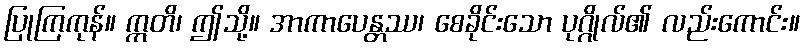
ပြုကြကုန်။ ဣတိ၊ ဤသို့။ အာကာပေန္တဿ၊ စေခိုင်းသော ပုဂ္ဂိုလ်၏ လည်းကောင်း။